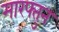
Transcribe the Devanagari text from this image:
मारफ्तुन